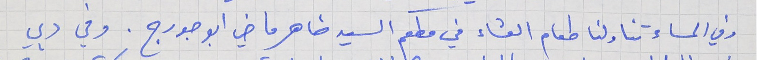
وفي المساء تناولنا طعام العشاء في مطعم السيد ضاهر ماضي ابو جورج. وفي دبي